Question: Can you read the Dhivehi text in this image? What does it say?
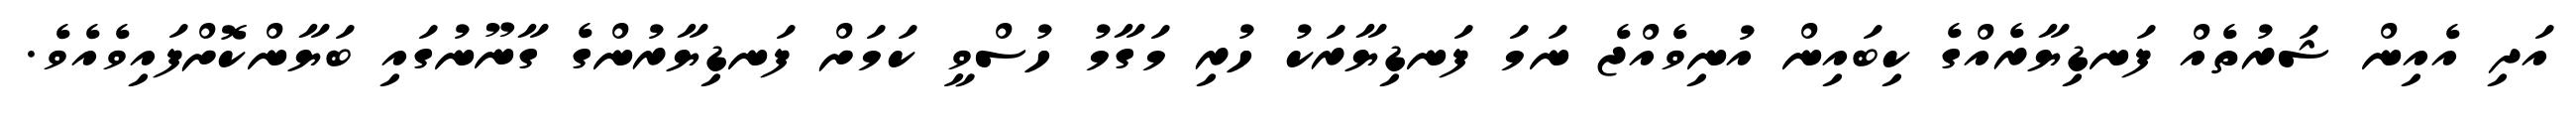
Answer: އަދި އެއިން ޝަރުތެއް ފަނޑިޔާރެއްގެ ކިބައިން އުނިވެއްޖެ ނަމަ ފަނޑިޔާރަކު ހުރި މަގާމު ހުސްވީ ކަމަށް ފަނޑިޔާރުންގެ ގާނޫނުގައި ބަޔާންކޮށްފައިވެއެވެ.